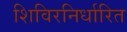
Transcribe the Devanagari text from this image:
शिविरनिर्धारित